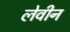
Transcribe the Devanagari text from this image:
लेवीन